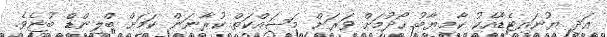
އަދި ޔުނައިޓެޑާއެކު ކާމިޔާބު ހޯދުމަށް ވަރަށް މަސައްކަތް ކުރާނަން ކަމަށް ބްލިންޑް ބުޏެވެ.